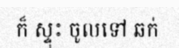
ក៏ ស្ទុះ ចូលទៅ ឆក់